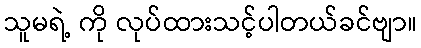
သူမရဲ့ ကို လုပ်ထားသင့်ပါတယ်ခင်ဗျာ။